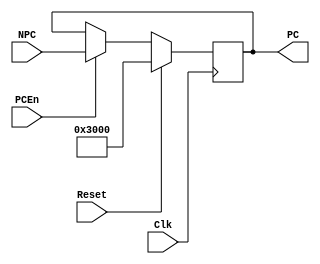
`timescale 1ns / 1ps
//////////////////////////////////////////////////////////////////////////////////
// Company: 
// Engineer: 
// 
// Design Name: 
// Module Name:    PC 
// Project Name: 
// Target Devices: 
// Tool versions: 
// Description: 
//
// Dependencies: 
//
// Revision: 
// Revision 0.01 - File Created
// Additional Comments: 
//
//////////////////////////////////////////////////////////////////////////////////
module PC(
    input Clk,
    input Reset,
    input [31:0] NPC,
    input PCEn,
    output reg [31:0] PC
    );
	 
	 always@(posedge Clk) begin
	     if (Reset) begin
		      PC <= 32'h0000_3000;
		  end
		  else if(PCEn) begin
		      PC <= NPC;
		  end
	 end


endmodule